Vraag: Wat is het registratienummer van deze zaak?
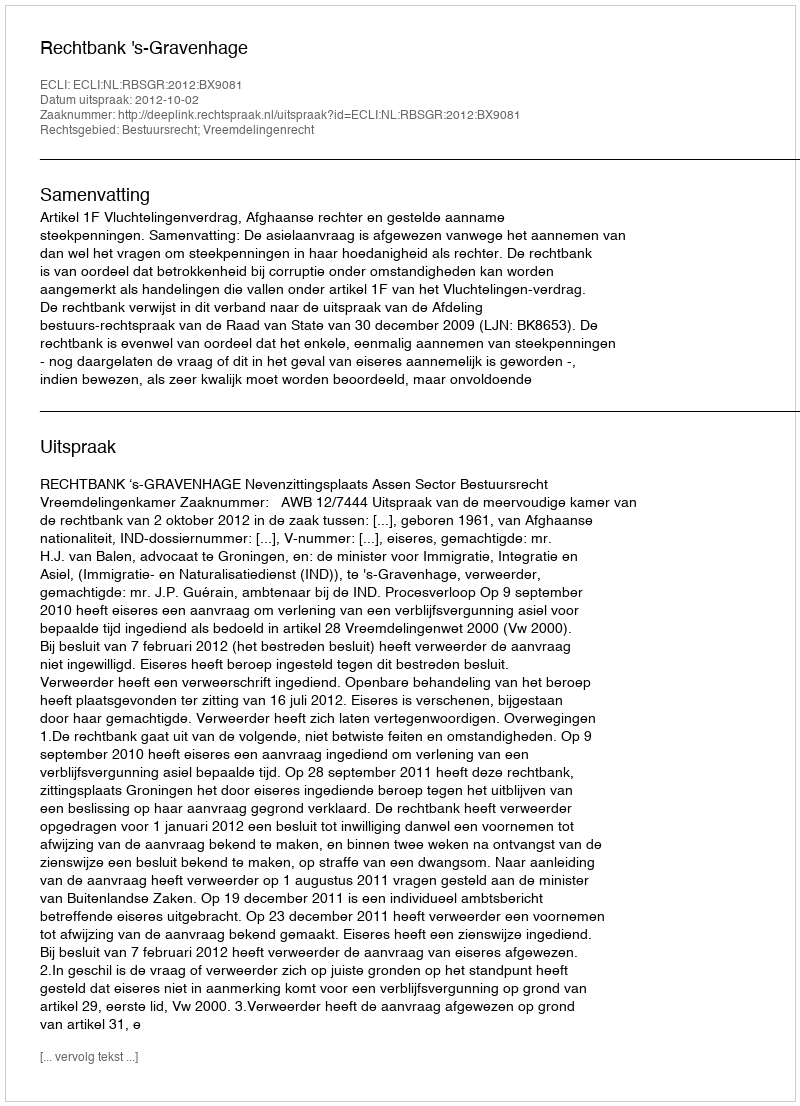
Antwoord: http://deeplink.rechtspraak.nl/uitspraak?id=ECLI:NL:RBSGR:2012:BX9081